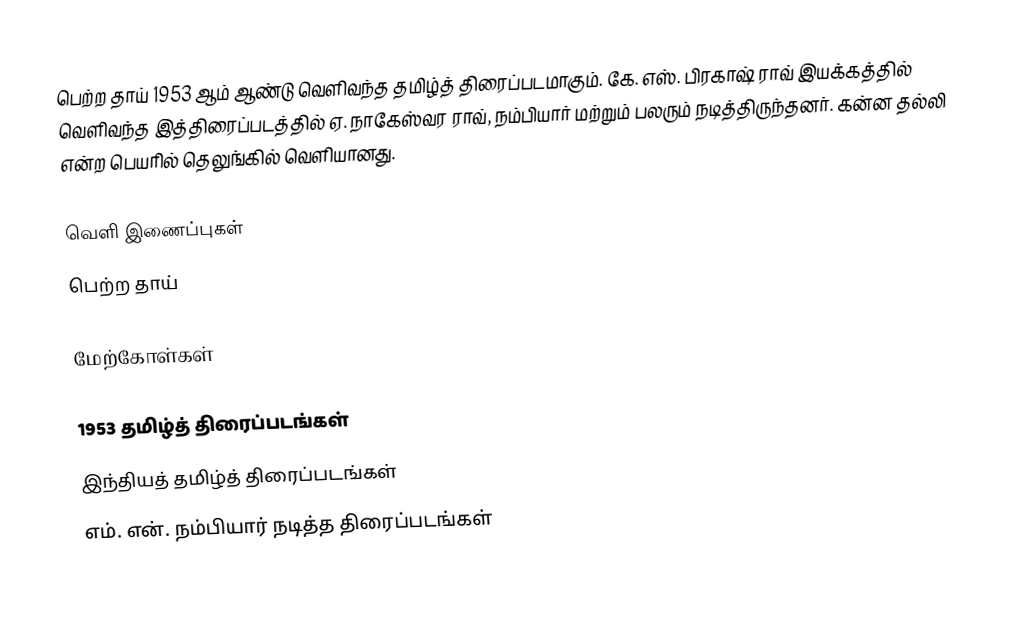
பெற்ற தாய் 1953 ஆம் ஆண்டு வெளிவந்த தமிழ்த் திரைப்படமாகும். கே. எஸ். பிரகாஷ் ராவ் இயக்கத்தில் வெளிவந்த இத்திரைப்படத்தில் ஏ. நாகேஸ்வர ராவ், நம்பியார் மற்றும் பலரும் நடித்திருந்தனர். கன்ன தல்லி என்ற பெயரில் தெலுங்கில் வெளியானது.

வெளி இணைப்புகள்
 பெற்ற தாய்

மேற்கோள்கள்

1953 தமிழ்த் திரைப்படங்கள்
இந்தியத் தமிழ்த் திரைப்படங்கள்
எம். என். நம்பியார் நடித்த திரைப்படங்கள்